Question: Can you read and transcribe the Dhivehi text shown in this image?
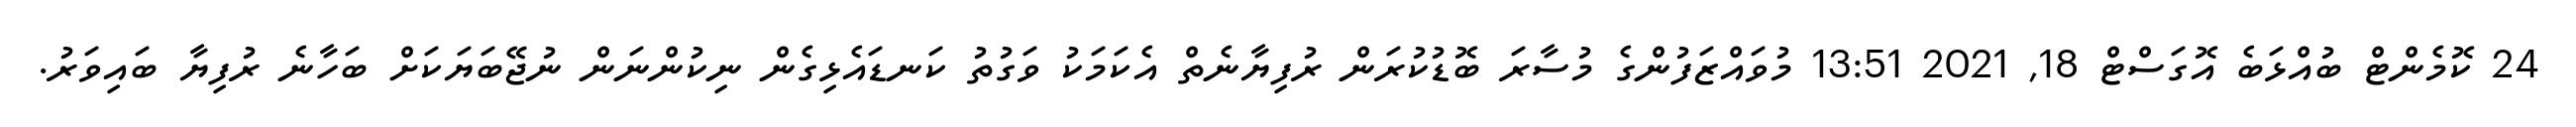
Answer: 24 ކޮމެންޓް ބުއްޅަބެ އޮގަސްޓް 18, 2021 13:51 މުވައްޒަފުންގެ މުސާރަ ބޮޑުކުރަން ރުފިޔާނެތް އެކަމަކު ވަގުތު ކަނޑައެޅިގެން ނިކުންނަން ނުޖޭބަޔަކަށް ބަހާނެ ރުފިޔާ ބައިވަރު.